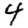
Digit: 4